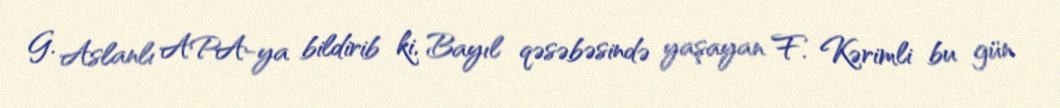
G. Aslanlı APA-ya bildirib ki, Bayıl qəsəbəsində yaşayan F. Kərimli bu gün